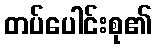
တပ်ပေါင်းစု၏